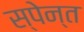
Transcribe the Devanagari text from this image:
स्पेन्त